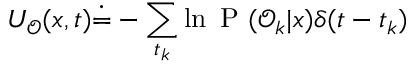
{ U _ { \mathcal { O } } ( x , t ) \dot { = } - \sum _ { t _ { k } } \ln \mathrm { ~ P ~ } ( \mathcal { O } _ { k } | x ) \delta ( t - t _ { k } ) }